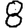
Digit: 8